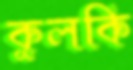
কুলকি